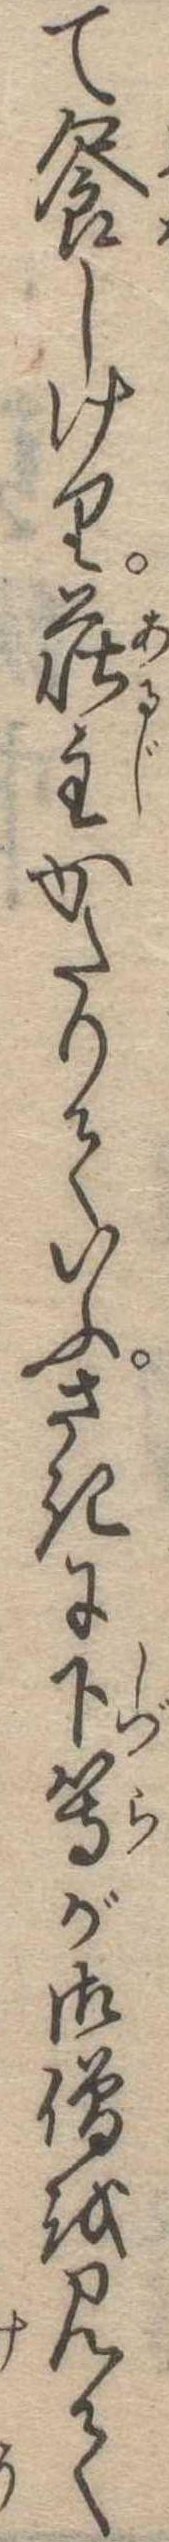
て饗しけり荘主かたりていふさきに下等が御僧を見て